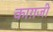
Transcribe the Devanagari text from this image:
काग़जी